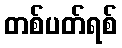
တစ်ပတ်ရစ်